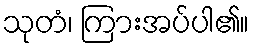
သုတံ၊ ကြားအပ်ပါ၏။